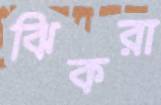
ঝিকরা